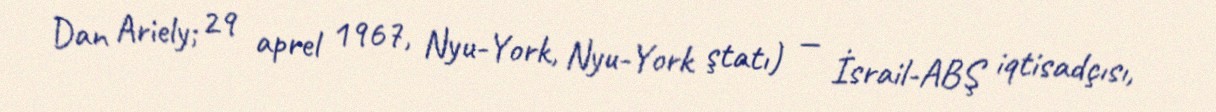
Dan Ariely; 29 aprel 1967, Nyu-York, Nyu-York ştatı) — İsrail-ABŞ iqtisadçısı,